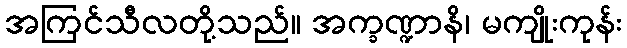
အကြင်သီလတို့သည်။ အက္ခဏ္ဍာနိ၊ မကျိုးကုန်း